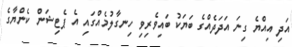
އަދި އިއްޔެ ގިނަ އަދަދެއްގެ ބަޔަކު ބައިވެރިވި ހިނގާލުމެއްގައި އެ ޕެޓިޝަން ކެންޔާގެ